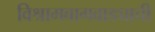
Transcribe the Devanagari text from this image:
विश्रामबागवाड्याची